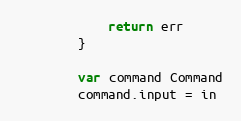
Language: Go
			return err
		}

		var command Command
		command.input = in